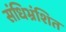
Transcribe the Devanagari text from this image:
संधिभ्रंशित